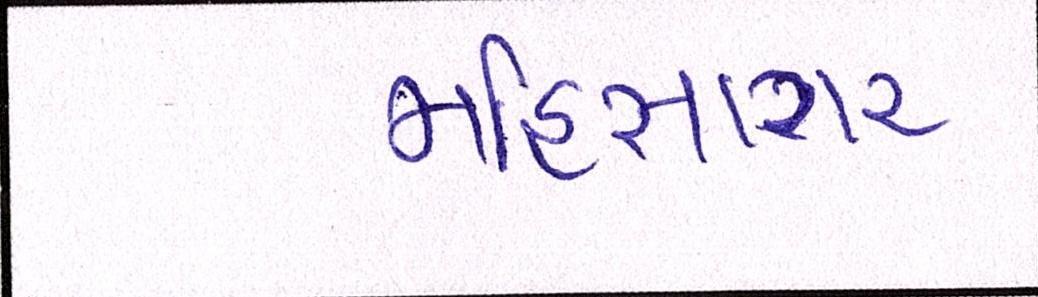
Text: મહિસાગર